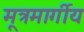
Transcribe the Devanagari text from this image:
मूत्रमार्गीय